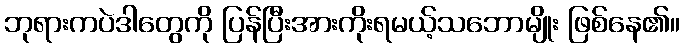
ဘုရားကပဲဒါတွေကို ပြန်ပြီးအားကိုးရမယ့်သဘောမျိုး ဖြစ်နေ၏။